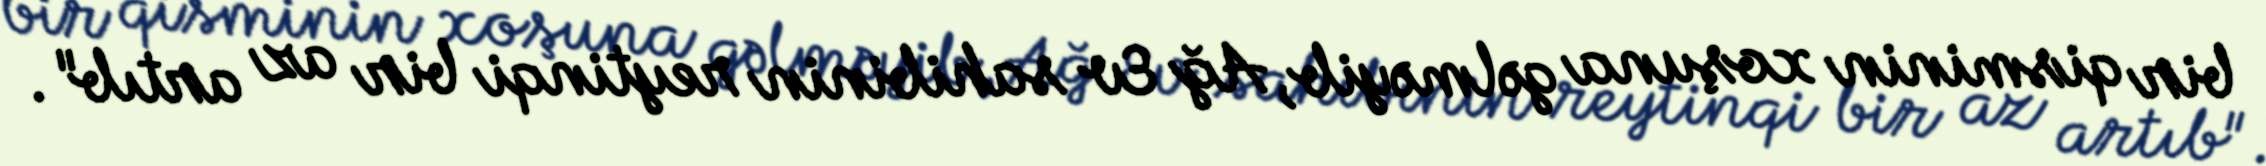
bir qisminin xoşuna gəlməyib, Ağ Ev sahibinin reytinqi bir az artıb".